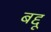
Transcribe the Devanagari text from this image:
बद्दू